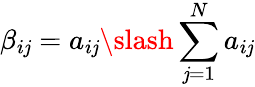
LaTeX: \beta_{i\mathit{j}}=a_{i\mathit{j}}\slash\sum_{\mathit{j}=1}^{N}a_{i\mathit{j}}